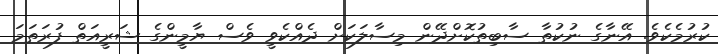
ކުރުމެކެވެ. އޭނާގެ ނުކުތާ ސާބިތުކޮށްދޭން މިސާލަކަށް ދެއްކެވީ ވެސް ޔާމީންގެ ޝަރީއަތް ފުރަތަމަ